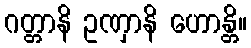
ဂတ္တာနိ ဥဏှာနိ ဟောန္တိ။